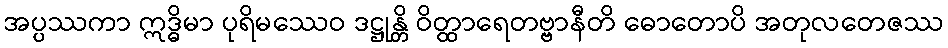
အပ္ပဿကာ ဣဒ္ဓိမာ ပုရိမဿေဝ ဒဋ္ဌုန္တိ ဝိတ္ထာရေတဗ္ဗာနီတိ ဓောတောပိ အတုလတေဇဿ